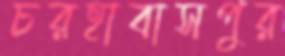
চরহাবাসপুর